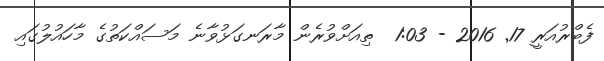
ފެބްރުއަރީ 17